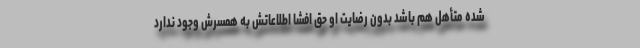
شده متأهل هم باشد بدون رضایت او حق افشا اطلاعاتش به همسرش وجود ندارد